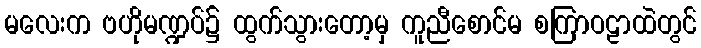
မလေးက ဗဟိုမဏ္ဍပ်၌ ထွက်သွားတော့မှ ကူညီစောင်မ စကြာဝဠာထဲတွင်